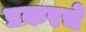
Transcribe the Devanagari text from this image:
प्रकरचे